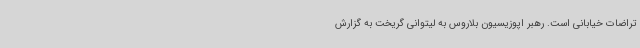
تراضات خیابانی است. رهبر اپوزیسیون بلاروس به لیتوانی گریخت به گزارش